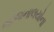
ભોજનાલયોના